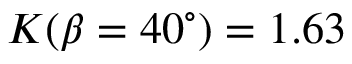
K ( \beta = 4 0 ^ { \circ } ) = 1 . 6 3